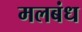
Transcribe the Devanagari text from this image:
मलबंध